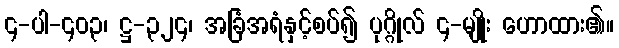
၄-ပါ-၄၀၃၊ ဋ္ဌ-၃၂၄၊ အခြံအရံနှင့်စပ်၍ ပုဂ္ဂိုလ် ၄-မျိုး ဟောထား၏။